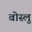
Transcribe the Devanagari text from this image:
वोस्लु